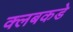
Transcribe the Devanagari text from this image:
क्लबकडे